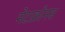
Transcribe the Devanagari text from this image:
मेटाक्रोनस